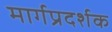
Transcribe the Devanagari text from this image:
मार्गप्रदर्शक